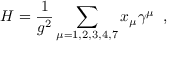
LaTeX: { \cal H } = \frac { 1 } { g ^ { 2 } } \sum _ { \mu = 1 , 2 , 3 , 4 , 7 } x _ { \mu } \gamma ^ { \mu } \; \; ,